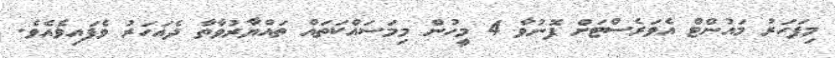
މިފަހަރު މައުންޓް އެވަރެސްޓަށް ފޮނުވާ 4 މީހުން މިމަސައްކަތައް ތައްޔާރުވާތާ ދެއަހަރު ވެފައިވެއެވެ.